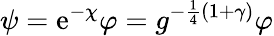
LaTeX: \psi=\mathrm{e}^{-\chi}\varphi=g^{-\frac{1}{4}(1+\gamma)}\varphi